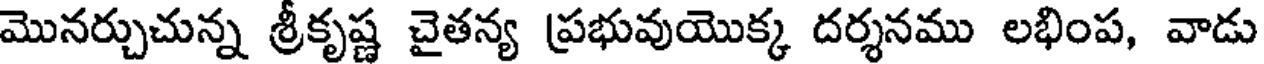
మొనర్చుచున్న శ్రీకృష్ణ చైతన్య ప్రభువుయొక్క దర్శనము లభింప, వాడు